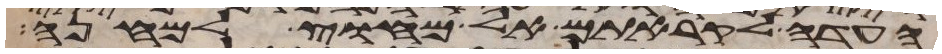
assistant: העדה לקראתם אל מחוץ למחנה